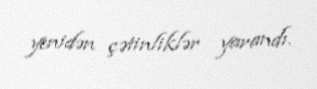
yenidən çətinliklər yarandı.